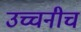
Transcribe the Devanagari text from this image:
उच्चनीच